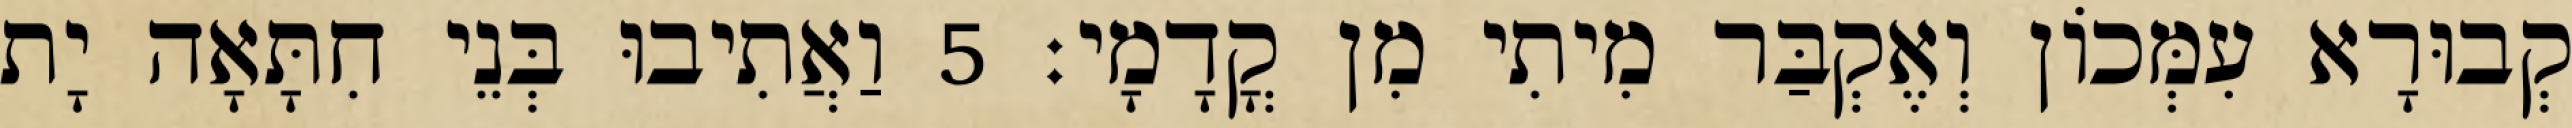
קְבוּרָא עִמְּכוֹן וְאֶקְבַּר מִיתִי מִן קֳדָמָי׃ 5 וַאֲתִיבוּ בְּנֵי חִתָּאָה יָת